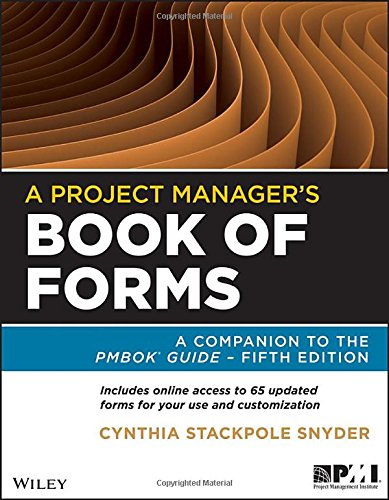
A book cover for A Project Manager's Book of Forms: A Companion to the PMBOK Guide; Cynthia Snyder Stackpole; Engineering & Transportation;